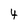
Character: 4